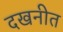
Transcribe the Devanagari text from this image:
दखनीत